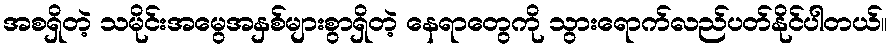
အစရှိတဲ့ သမိုင်းအမွေအနှစ်များစွာရှိတဲ့ နေရာတွေကို သွားရောက်လည်ပတ်နိုင်ပါတယ်။